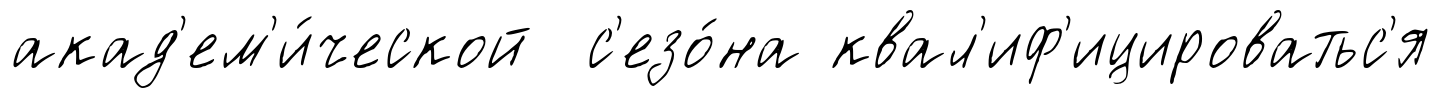
акад'ем'и́ческой с'езо́на квал'иф'ицироватьс'я